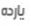
يارده